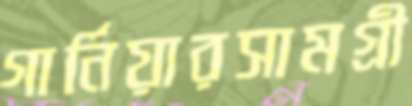
গার্নিয়ারসামগ্রী